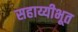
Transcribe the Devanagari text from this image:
सहाय्यीभूत